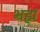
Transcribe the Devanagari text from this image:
भ्रह्म